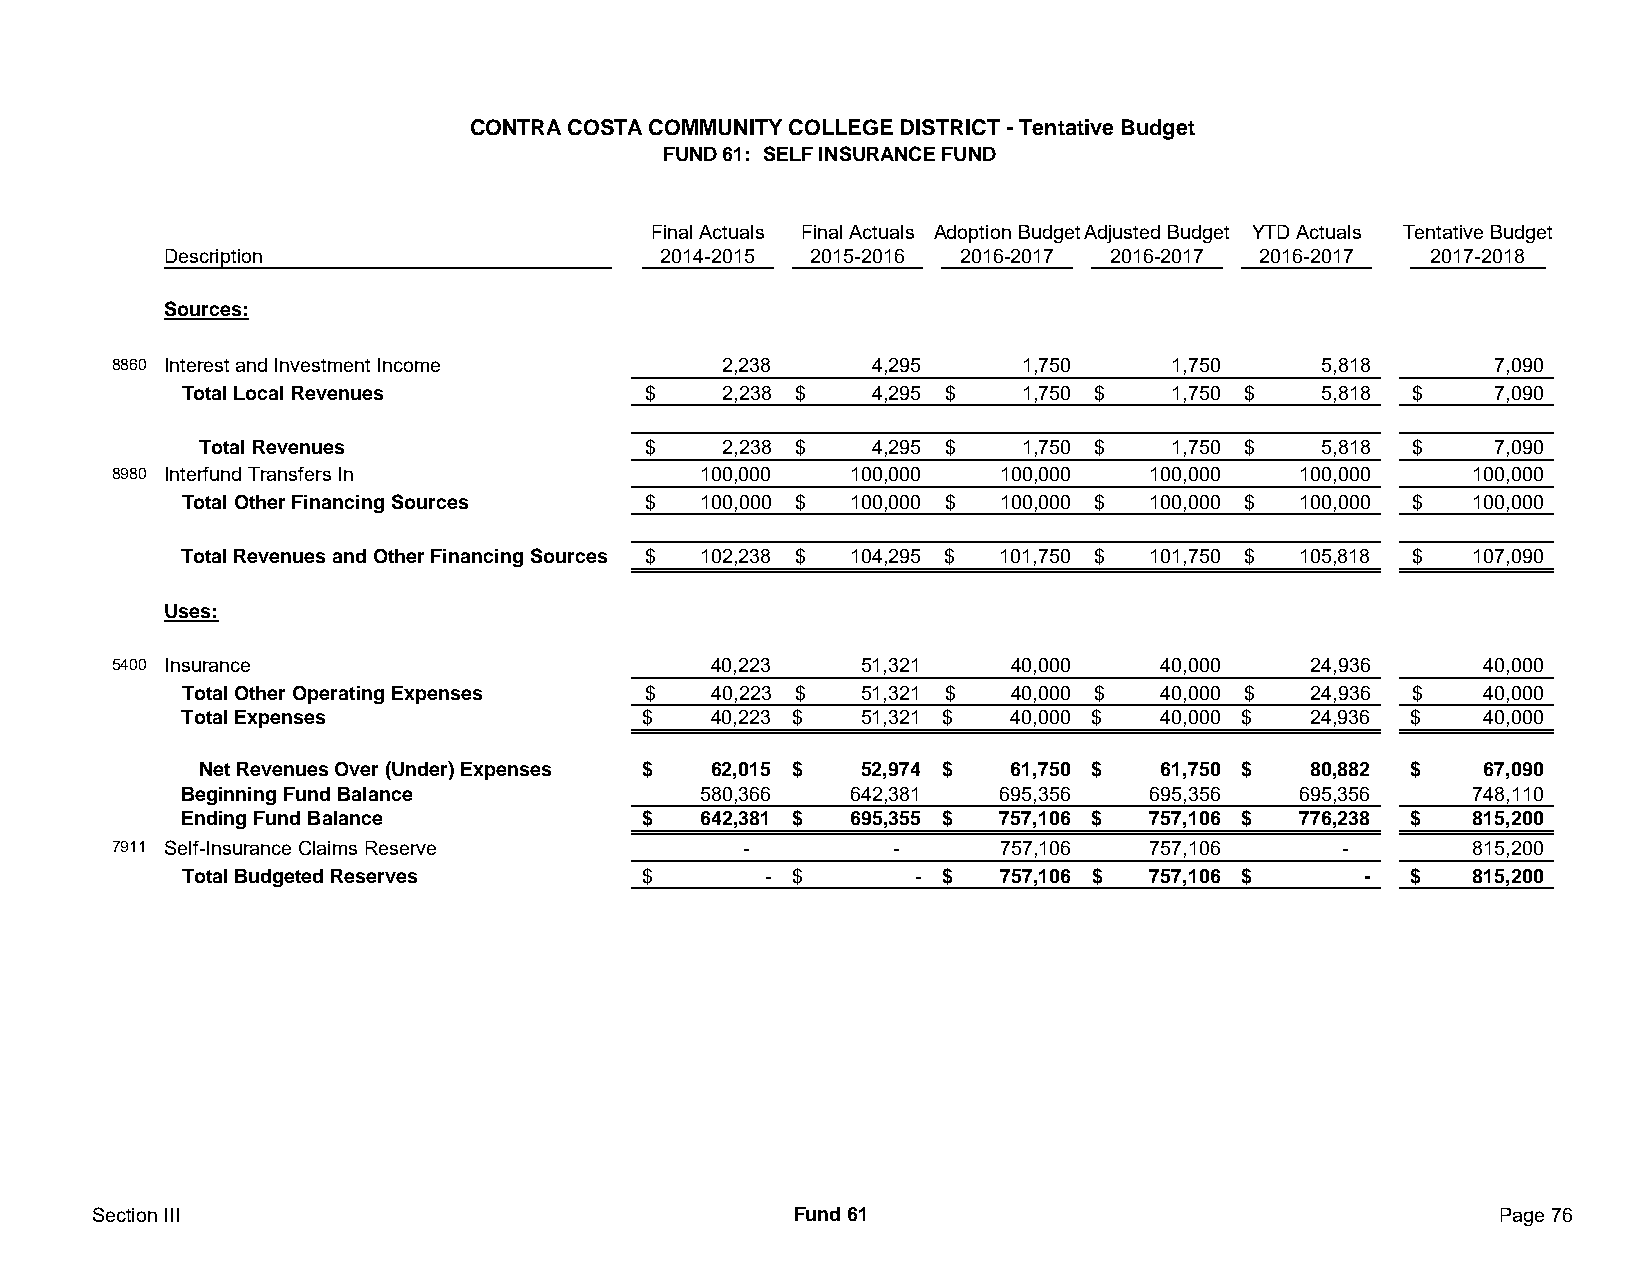
CONTRA COSTA COMMUNITY COLLEGE DISTRICT - Tentative Budget
 FUND 61: SELF INSURANCE FUND
 Final Actuals Final Actuals Adoption BudgetAdjusted Budget YTD Actuals Tentative Budget
 Description                     2014-2015 2015-2016 2016-2017 2016-2017 2016-2017  2017-2018
 Sources:
 8860 Interest and Investment Income     2,238     4,295     1,750     1,750     5,818       7,090
 Total Local Revenues          $    2,238 $   4,295 $   1,750 $   1,750 $   5,818 $     7 ,090
 Total Revenues               $    2,238 $   4,295 $   1,750 $   1,750 $   5,818 $     7 ,090
 8980 Interfund Transfers In            100,000   100,000   100,000   100,000   100,000    100,000
 Total Other Financing Sources $   100,000 $ 100,000 $ 100,000 $ 100,000 $ 100,000 $  1 00,000
 Total Revenues and Other Financing Sources $ 102,238 $ 104,295 $ 101,750 $ 101,750 $ 105,818 $ 1 07,090
 Uses:
 5400 Insurance                          40,223    51,321    40,000   40,000    24,936      40,000
 Total Other Operating Expenses $   40,223 $  51,321 $  40,000 $ 40,000 $  24,936 $    4 0,000
 Total Expenses                $    40,223 $  51,321 $  40,000 $ 40,000 $  24,936 $    40,000
 Net Revenues Over (Under) Expenses $ 62,015 $ 52,974 $ 61,750 $ 61,750 $ 80,882 $    67,090
 Beginning Fund Balance            580,366   642,381   695,356   695,356   695,356    748,110
 Ending Fund Balance           $   642,381 $ 695,355 $ 757,106 $ 757,106 $ 776,238 $  815,200
 7911 Self-Insurance Claims Reserve        -         -      757,106   757,106      -       815,200
 Total Budgeted Reserves       $       - $       - $   757,106 $ 757,106 $     -  $   815,200
 Section III                                   Fund 61                                        Page 76